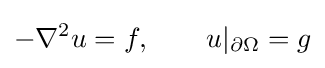
-\nabla ^{2}u=f,\qquad u|_{\partial \Omega }=g